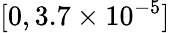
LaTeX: [0,3.7\times 10^{-5}]